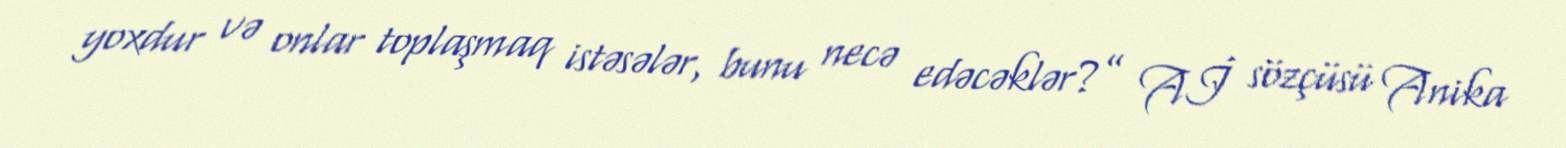
yoxdur və onlar toplaşmaq istəsələr, bunu necə edəcəklər?” Aİ sözçüsü Anika